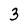
Character: 3